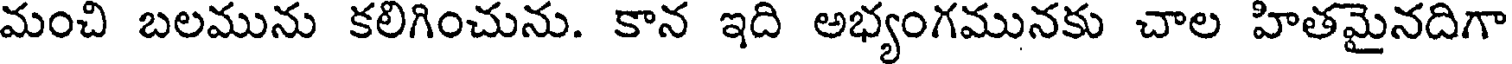
మంచి బలమును కలిగించును. కాన ఇది అభ్యంగమునకు చాల హితమైనదిగా